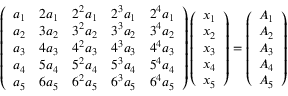
\left( \begin{array} { l l l l l } { a _ { 1 } } & { 2 a _ { 1 } } & { 2 ^ { 2 } a _ { 1 } } & { 2 ^ { 3 } a _ { 1 } } & { 2 ^ { 4 } a _ { 1 } } \\ { a _ { 2 } } & { 3 a _ { 2 } } & { 3 ^ { 2 } a _ { 2 } } & { 3 ^ { 3 } a _ { 2 } } & { 3 ^ { 4 } a _ { 2 } } \\ { a _ { 3 } } & { 4 a _ { 3 } } & { 4 ^ { 2 } a _ { 3 } } & { 4 ^ { 3 } a _ { 3 } } & { 4 ^ { 4 } a _ { 3 } } \\ { a _ { 4 } } & { 5 a _ { 4 } } & { 5 ^ { 2 } a _ { 4 } } & { 5 ^ { 3 } a _ { 4 } } & { 5 ^ { 4 } a _ { 4 } } \\ { a _ { 5 } } & { 6 a _ { 5 } } & { 6 ^ { 2 } a _ { 5 } } & { 6 ^ { 3 } a _ { 5 } } & { 6 ^ { 4 } a _ { 5 } } \end{array} \right) \left( \begin{array} { l } { x _ { 1 } } \\ { x _ { 2 } } \\ { x _ { 3 } } \\ { x _ { 4 } } \\ { x _ { 5 } } \end{array} \right) = \left( \begin{array} { l } { A _ { 1 } } \\ { A _ { 2 } } \\ { A _ { 3 } } \\ { A _ { 4 } } \\ { A _ { 5 } } \end{array} \right)